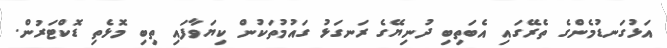
އަޅުގަނޑުމެންގެ ތެރޭގައި އެބަތިބި ދުނިޔޭގެ ރަނގަޅު ގައުމުތަކުން ކިޔަވާފައި ތިބި މޮޅެތި ޑޮކްޓަރުން.